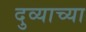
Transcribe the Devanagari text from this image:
दुव्याच्या